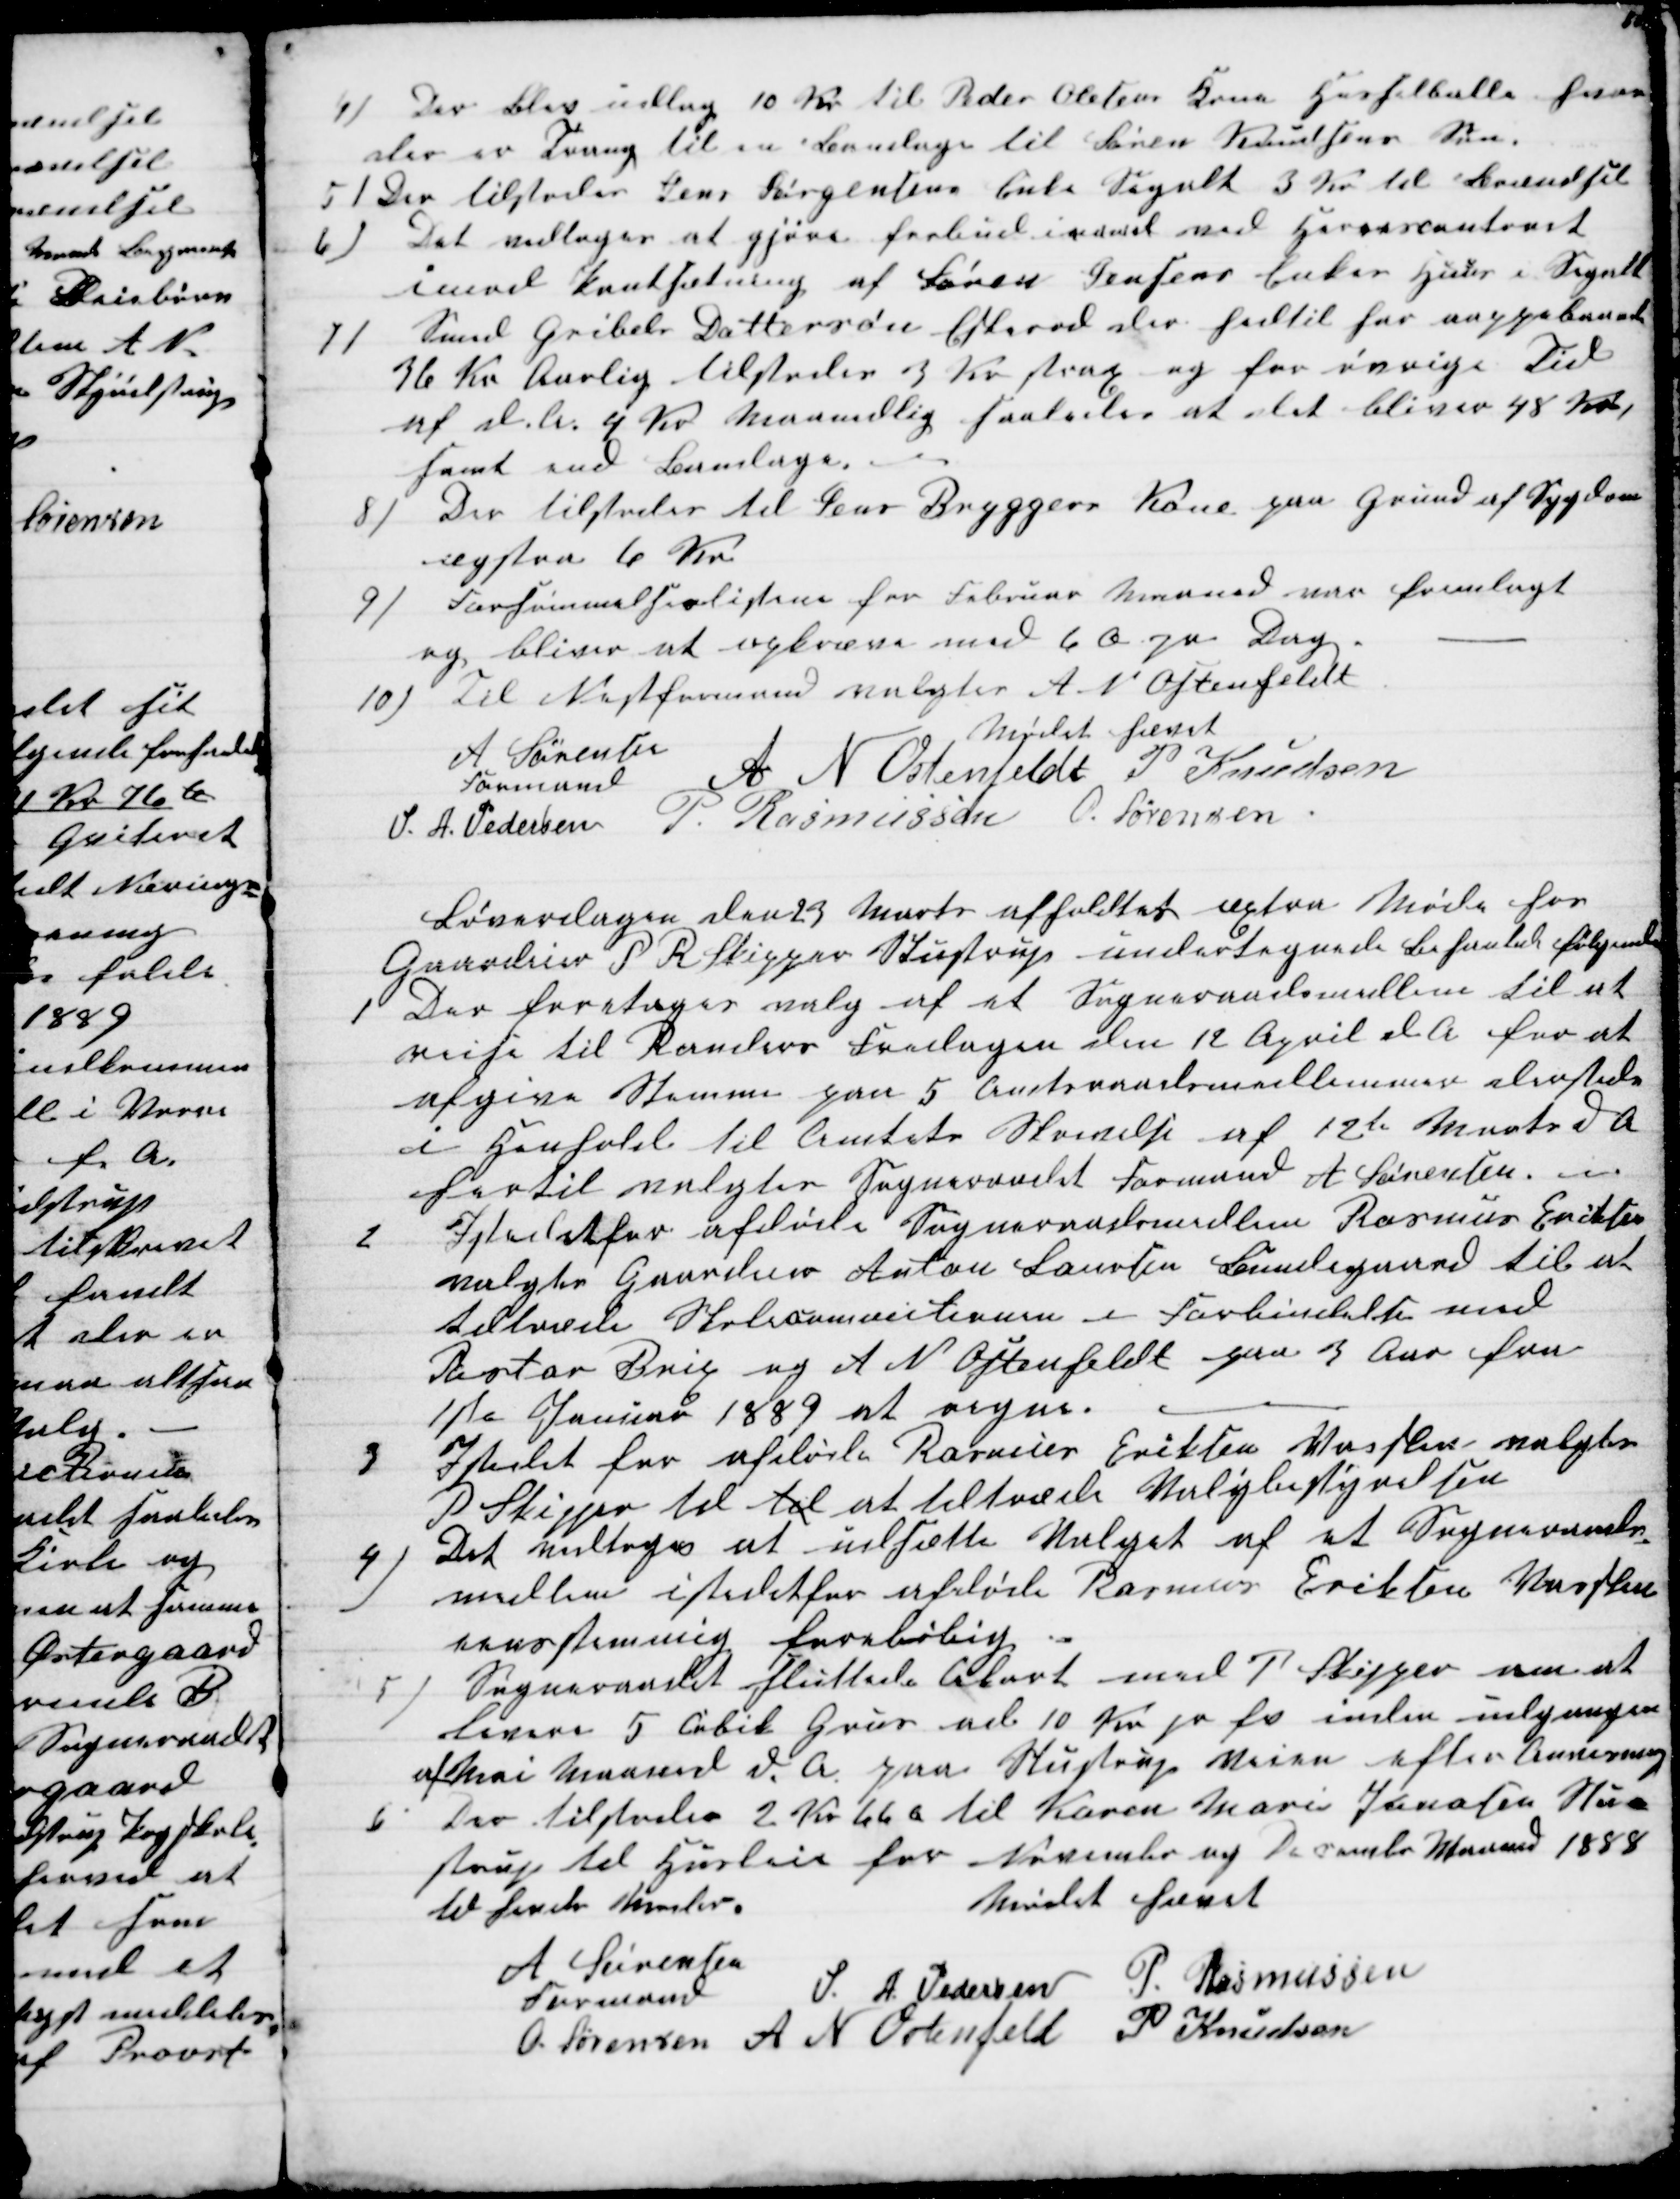
Transskription:
4) Der blev udlag 10 Kr til Peder Olesens Kone Hesselballe hvor
der er Tvang til en Bandage til Søren Knudsens Søn.
5) Der tilstodes Jens Jørgensens Enke Segalt 3 Kr til Brændsel
6) Det vedtoges at gjøre forbud imod ved Herrescontoret
imod Pantsætning af Søren Jensens Enkes Huus i Segalt
7) Smed Gribels Dattersøn Eskerod der hidtil har aappebaaret
36 Kr Aarlig tilstodes 3 Kr strax og for øvrige Tid
af d. A. 4 Kr Maanedlig saaledes at det bliver 48 Kr,
samt end Bandage.
8) Der tilstodes til Jens Bryggers Kone paa Grund af Sygdom
æxstra 6 Kr.
9)
Forsømmelseslisterne for Februar Maaned var fremlagt
og bliver at opkræve med 6 Ø pr Dag.
10) Til Næstformand valgtes A N Ostenfeldt
Mødet hævet
A Sørensen
Formand
A N Ostenfeldt P Knudsen
S. A. Pedersen P. Rasmussen O. Sørensen
Løverdagen den 23 Marts afholdtes æxtra Møde hos
Gaardeier P R Skipper Stustrup undertegnede behanlede følgende
1
Der foretoges valg af et Sogneraadsmellem til at
reise til Randers Fredagen den 12 April d A for at
afgive Stemme paa 5 Amtsraadsmedlemmer dersteds
i Henhold til Amtets Skrivelse af 12te Marts d A
hertil valgtes Sogneraadet Formand A Sørensen. 
2
Istedetfor afdøde Sogneraadsmedlem Rasmus Erichsen
valgtes Gaardeier Anton Laursen Bundegaard til at
tiltræde Skolecommitionen i Forbindelse med
Pastor Brix og A N Ostenfeldt paa 3 Aar fra
1ste Januar 1889 at regne.
3
Istedet for afdøde Rasmus Eriksen Vasken valgtes
P Skipper til til at tiltræde Valgbestyrelsen
4)
Det vedtoges at udsætte Valget af et Sogneraads-
medlem istedetfor afdøde Rasmus Eriksen Vasken
eenstemmig foreløbig
5) Sogneraadet sluttede Akort med P Skipper om at
levere 5 Cubik Grus ad10 Kr pr fv inden udgangen
af Mai Maaned d. A. paa Stustrup Veien efter Anvisning
6
Der tilstodes 2 Kr 66 ø til Karen Maren Jonasen Stu-
strup til Husleie for November og December Maaned 1888
til hendes Moder.
Mødet hævet
A Sørensen
Formand
S. A. Pedersen P. Rasmussen
O. Sørensen A N Ostenfeld P Knudsen